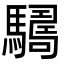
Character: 𩦑